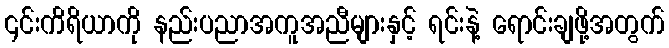
၎င်းကိရိယာကို နည်းပညာအကူအညီများနှင့် ရင်းနဲ့ ရောင်းချဖို့အတွက်